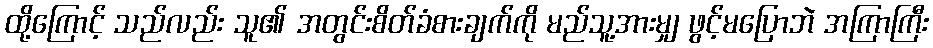
ထို့ကြောင့် သည်လည်း သူ၏ အတွင်းစိတ်ခံစားချက်ကို မည်သူ့အားမျှ ဖွင့်မပြောဘဲ အကြာကြီး